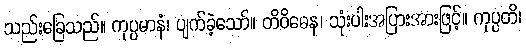
သည်းခြေသည်။ ကုပ္ပမာနံ၊ ပျက်ခဲ့သော်။ တိဝိဓေန၊ သုံးပါးအပြားအားဖြင့်။ ကုပ္ပတိ၊